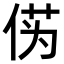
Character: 𫢭